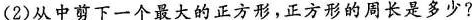
(2)从中剪下一个最大的正方形，正方形的周长是多少?